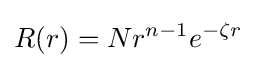
R(r)=Nr^{n-1}e^{-\zeta r}